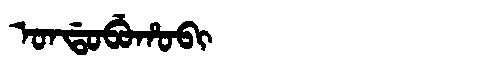
Manchu: ᠣᠨᡩᠣᠪᡠᡥᠣᠪᡳ
Romanization: ONDOBUHOBI